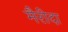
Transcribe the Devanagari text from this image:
मैरीदा